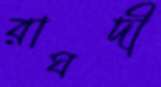
রাঘদী